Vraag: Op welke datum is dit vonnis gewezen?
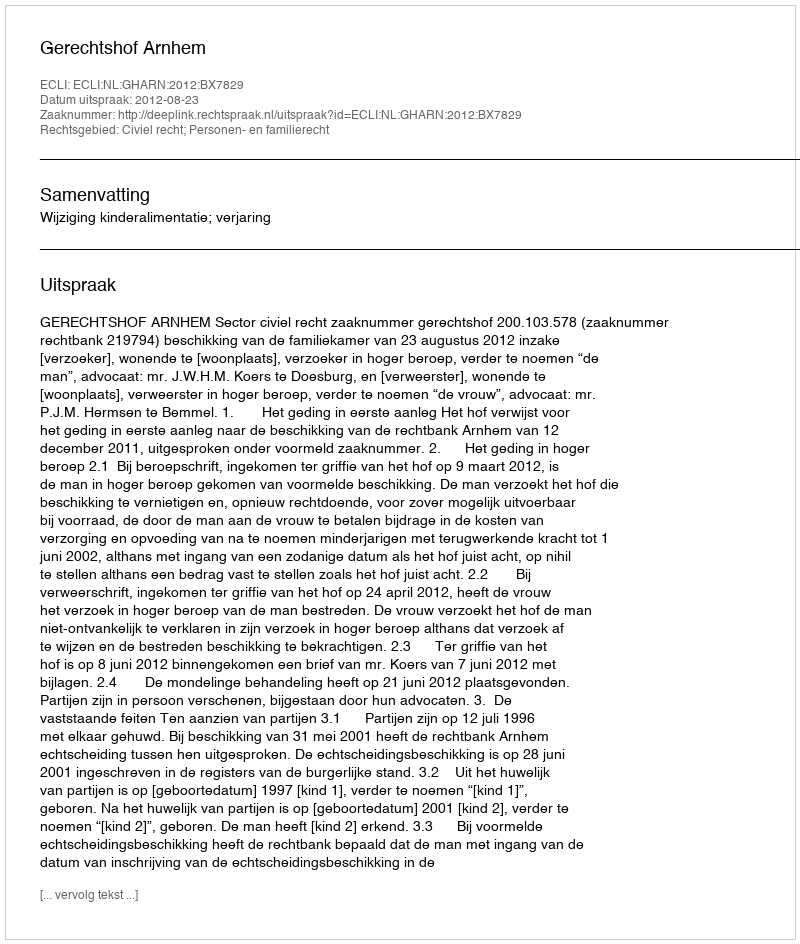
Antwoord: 2012-08-23